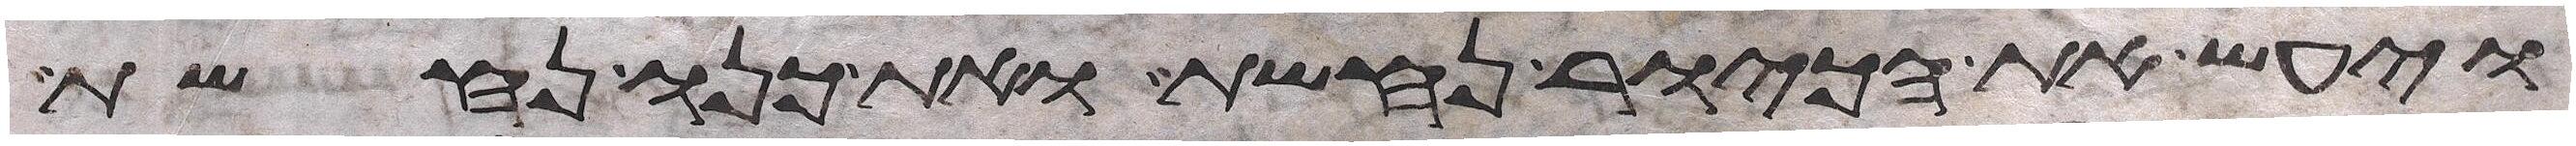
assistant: ויעש את הכיור נחשת ואת כנו נחשת